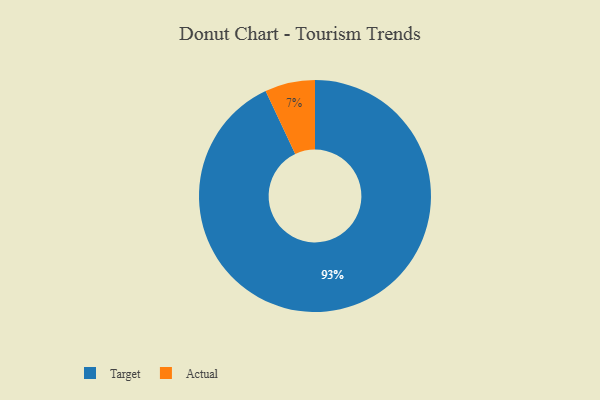
{"axis": {"x": "Category", "y": "Percentage"}, "legend": ["Actual", "Target"], "data": [{"x": "Actual", "y": 7, "type": "Actual"}, {"x": "Target", "y": 93, "type": "Target"}]}